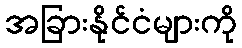
အခြားနိုင်ငံများကို